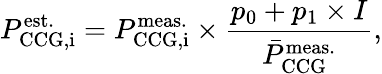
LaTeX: P_{\mathrm{CCG,i}}^{\mathrm{est.}}=P_{\mathrm{CCG,i}}^{\mathrm{meas.}}\times\frac{p_{\mathrm{0}}+p_{\mathrm{1}}\times I}{\bar{P}_{\mathrm{CCG}}^{\mathrm{meas.}}},